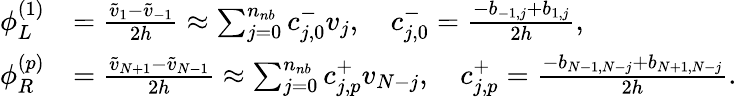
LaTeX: \begin{array}{rl}{\phi_{L}^{(1)}}&{=\frac{\widetilde v_{1}-\widetilde v_{-1}}{2h}\approx\sum_{j=0}^{n_{nb}}c_{j,0}^{-}v_{j},\quad c_{j,0}^{-}=\frac{-{b}_{-1,j}+{b}_{1,j}}{2h},}\\ {\phi_{R}^{(p)}}&{=\frac{\widetilde v_{N+1}-\widetilde v_{N-1}}{2h}\approx\sum_{j=0}^{n_{nb}}c_{j,p}^{+}v_{N-j},\quad c_{j,p}^{+}=\frac{-{b}_{N-1,N-j}+{b}_{N+1,N-j}}{2h}.}\end{array}